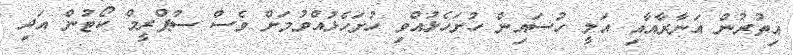
އިތުރުން އަނާރާއާއި އަލީ ހުސައިން ހުށަހެޅުއްވި ހުށަހެޅުއްވުމަށް ވެސް ސުޕްރީމް ކޯޓުން އަދި